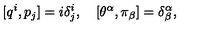
[ q ^ { i } , p _ { j } ] = i \delta _ { j } ^ { i } , \quad [ \theta ^ { \alpha } , \pi _ { \beta } ] = \delta _ { \beta } ^ { \alpha } ,